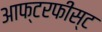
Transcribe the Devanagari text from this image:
आफ्टरफीस्ट